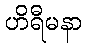
ဟိရီမနာ